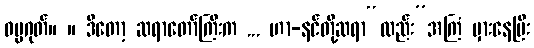
ဓမ္မဂုတ်။ ။ ဒီတော့ ဆရာတော်ကြီးက ... ဟာ-နင်တို့ဆရာ“လည်း”အကြံ မှားနေပြီး